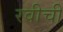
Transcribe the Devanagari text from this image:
रवीची